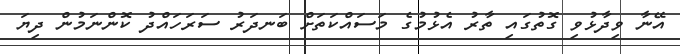
އޭނާ ވިދާޅުވި ގޮތުގައި ތާރު އެޅުމުގެ މަސައްކަތަށް ބަނދަރު ސަރަަހައްދު ކޮންނަމުން ދިޔަ